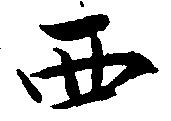
西